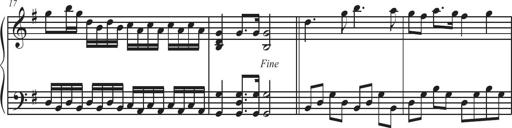
Title: Sonatina Espania
Composer: Jerald Franklin Archer
Key: Various